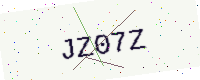
Text: JZ07Z